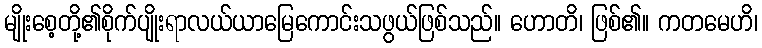
မျိုးစေ့တို့၏စိုက်ပျိုးရာလယ်ယာမြေကောင်းသဖွယ်ဖြစ်သည်။ ဟောတိ၊ ဖြစ်၏။ ကတမေဟိ၊